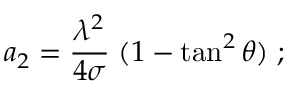
a _ { 2 } = { \frac { \lambda ^ { 2 } } { 4 \sigma } } \; ( 1 - \tan ^ { 2 } \theta ) \; ;